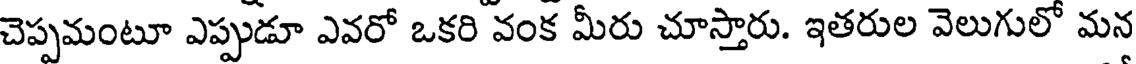
చెప్పమంటూ ఎప్పుడూ ఎవరో ఒకరి వంక మీరు చూస్తారు. ఇతరుల వెలుగులో మన